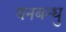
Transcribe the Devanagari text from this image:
वनबन्धु